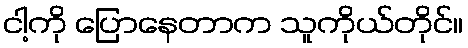
ငါ့ကို ပြောနေတာက သူကိုယ်တိုင်။